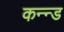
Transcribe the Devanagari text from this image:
कन्न्ड